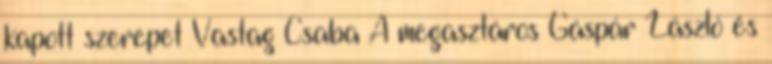
kapott szerepet Vastag Csaba A megasztáros Gáspár László és